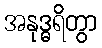
အနုဒ္ဓရိတွာ